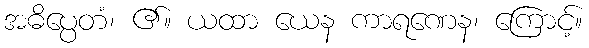
အဓိပ္ပေတံ၊ ၏။ ယထာ ယေန ကာရဏေန၊ ကြောင့်။